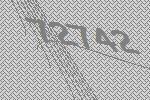
72742